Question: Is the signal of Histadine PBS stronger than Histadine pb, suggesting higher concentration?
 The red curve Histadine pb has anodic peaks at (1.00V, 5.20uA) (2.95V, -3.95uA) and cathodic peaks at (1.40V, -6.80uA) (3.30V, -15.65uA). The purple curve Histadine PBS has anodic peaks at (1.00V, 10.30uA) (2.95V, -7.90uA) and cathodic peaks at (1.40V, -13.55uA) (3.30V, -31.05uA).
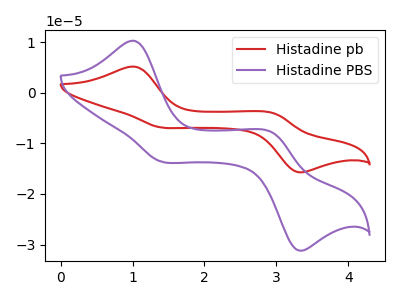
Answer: <think>All the peaks in "Histadine PBS" have a peak in "Histadine pb" at the same potential.
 </think>
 <answer>I cant tell if "Histadine PBS" or "Histadine pb" has higher concentration.</answer>
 <eval>mixed_concentration</eval>